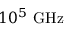
1 0 ^ { 5 } \ \mathrm { G H z }